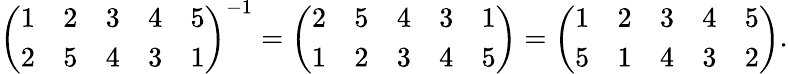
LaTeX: {\left(\begin{array}{lllll}{1}&{2}&{3}&{4}&{5}\\ {2}&{5}&{4}&{3}&{1}\end{array}\right)}^{-1}={\left(\begin{array}{lllll}{2}&{5}&{4}&{3}&{1}\\ {1}&{2}&{3}&{4}&{5}\end{array}\right)}={\left(\begin{array}{lllll}{1}&{2}&{3}&{4}&{5}\\ {5}&{1}&{4}&{3}&{2}\end{array}\right)}.